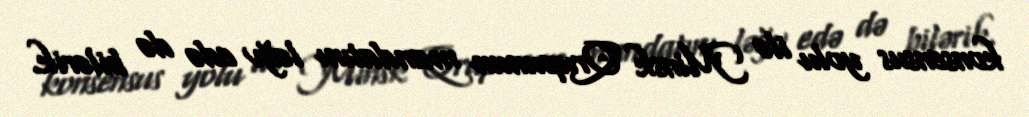
konsensus yolu ilə Minsk Qrupunun mandatını ləğv edə də bilərik.